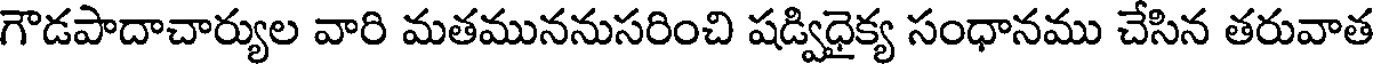
గౌడపాదాచార్యుల వారి మతముననుసరించి షడ్విధైక్య సంధానము చేసిన తరువాత